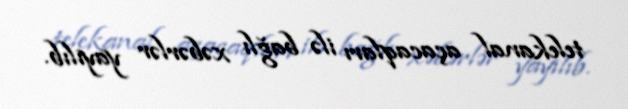
telekanal açacaqları ilə bağlı xəbərlər yayılıb.